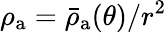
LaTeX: \rho_{\mathrm{a}}=\bar{\rho}_{\mathrm{a}}(\theta)/r^{2}